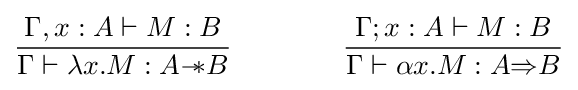
{\frac {\Gamma ,x:A\vdash M:B}{\Gamma \vdash \lambda x.M:A{-\!\!*}B}}\qquad \qquad {\frac {\Gamma ;x:A\vdash M:B}{\Gamma \vdash \alpha x.M:A{\Rightarrow }B}}